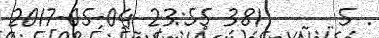
2017-05-04 23:55 381      5 .